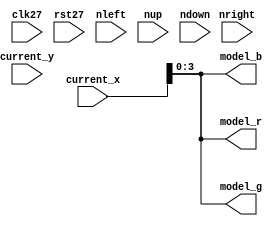
module model (current_x, current_y, clk27, rst27,
			  nleft, nright, nup, ndown, model_r,
	          model_g, model_b);
	
input [9:0] current_x, current_y;
input nleft, nright, nup, ndown;
input clk27, rst27;

output [3:0] model_r, model_g, model_b;

assign model_r = current_x; //model_rs;
assign model_g = current_x; //model_gs;
assign model_b = current_x; //model_bs;

endmodule